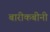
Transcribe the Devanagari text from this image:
बारीकबीनी